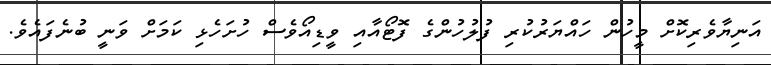
އަނިޔާވެރިކޮށް މީހުން ހައްޔަރުކުރި ފުލުހުންގެ ފޮޓޯއާއި ވީޑިއޯވެސް ހުށަހެޅި ކަމަށް ވަނީ ބުނެފައެވެ.